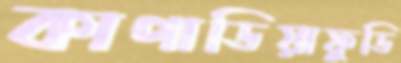
কাপাডিয়াফুডি